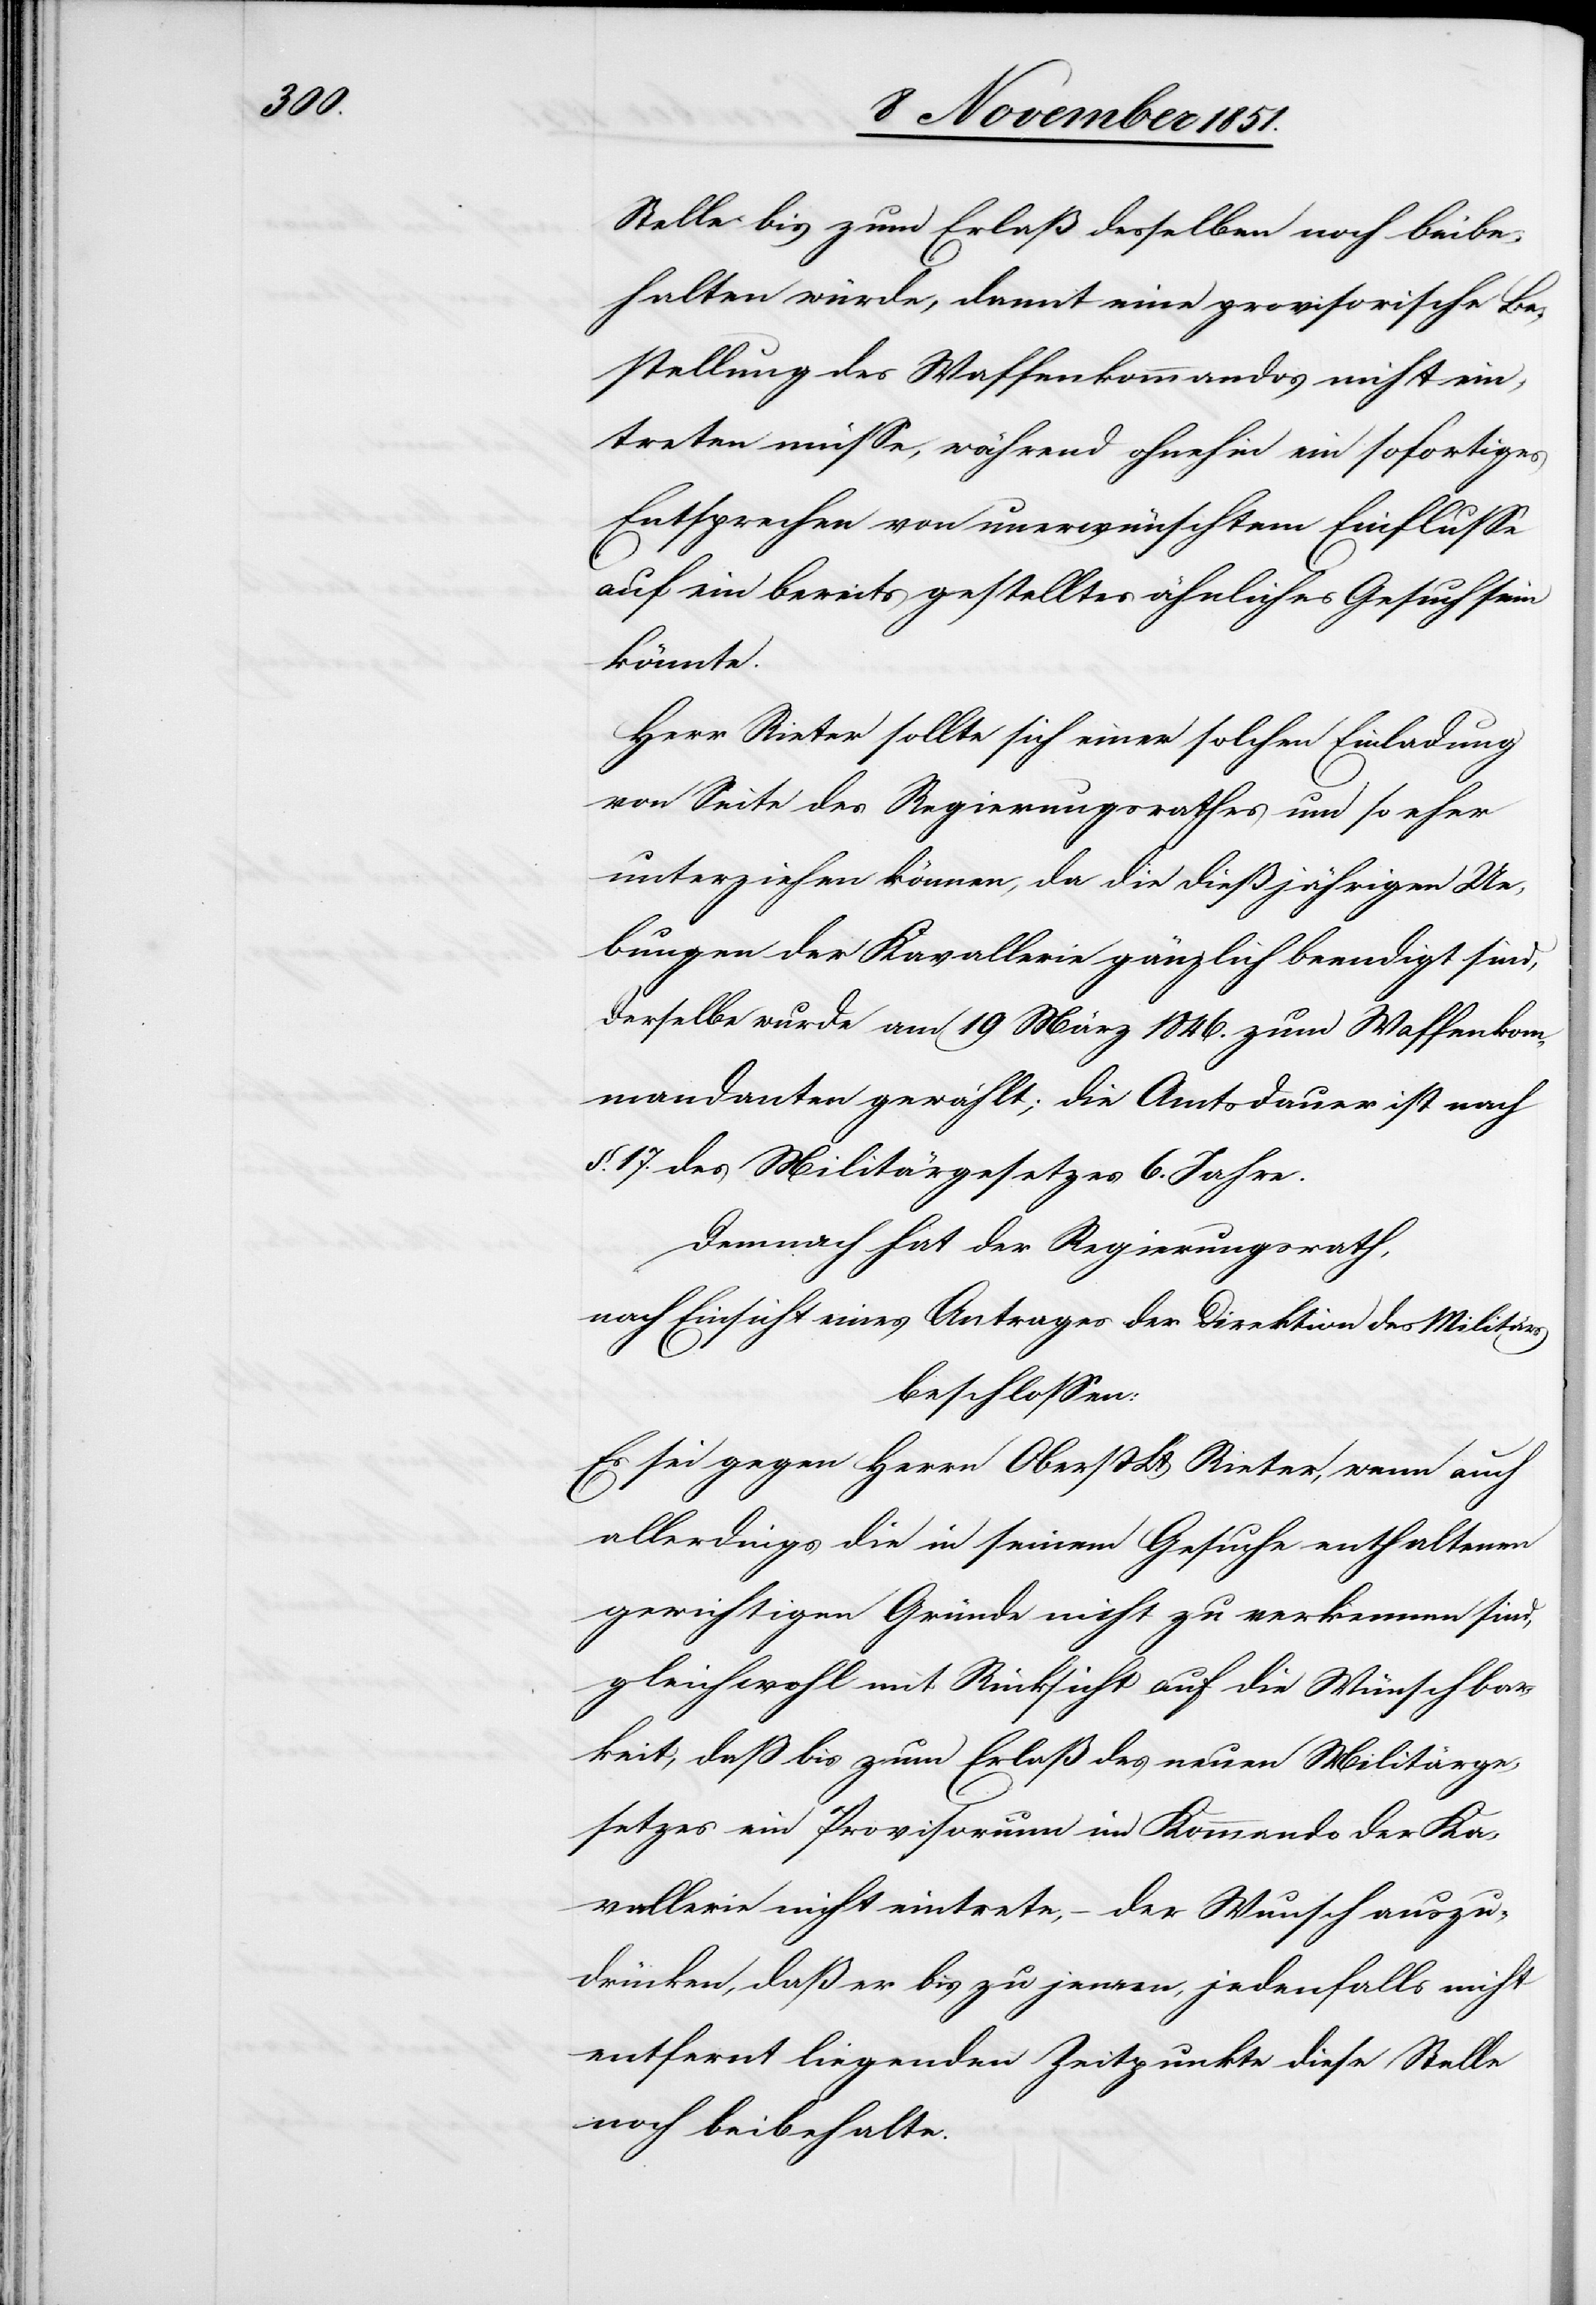
Stelle bis zum Erlaß desselben noch beibe¬
halten würde, damit eine provisorische Be¬
stellung des Waffenkommandos nicht ein¬
treten müsse, während ohnehin ein sofortiges
Entsprechen von unerwünschtem Einflusse
auf ein bereits gestelltes ähnliches Gesuch sein
könnte.
Herr Rieter sollte sich einer solchen Einladung
von Seite des Regierungsrathes um so eher
unterziehen können, da die dießjährigen Ue¬
bungen der Kavallerie gänzlich beendigt sind,
Derselbe wurde am 19 März 1846. zum Waffenkom¬
mandanten gewählt; die Amtsdauer ist nach
§. 17. des Militärgesetzes 6. Jahre.
Demnach hat der Regierungsrath,
nach Einsicht eines Antrages der Direktion des Militärs
beschlossen:
Es sei gegen Herrn Oberst Lt. Rieter, wenn auch
allerdings die in seinem Gesuche enthaltenen
gewichtigen Gründe nicht zu verkennen sind,
gleichwohl mit Rücksicht auf die Wünschbar¬
keit, daß bis zum Erlaß des neuen Militärge¬
setzes ein Provisorium im Kommando der Ka¬
vallerie nicht eintrete, – der Wunsch auszu¬
drücken, daß er bis zu jenem, jedenfalls nicht
entfernt liegenden Zeitpunkte diese Stelle
noch beibehalte.